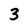
Character: 3